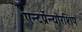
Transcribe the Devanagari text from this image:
एन्टर्प्रेन्योरशिप